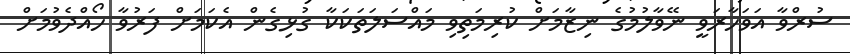
ސުރްވާ އަވަހާރަވީ ނޭވާލުމުގެ ނިޒާމަށް ކުރިމަތިވި މައްސަލަތަކަކާ ގުޅިގެން އެކަމަށް ފަރުވާ ހޯއްދެވުމަށް